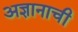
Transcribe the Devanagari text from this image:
अज्ञानाची